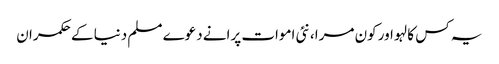
یہ کس کا لہو اور کون مرا، نئی اموات پرانے دعوے‎	 مسلم دنیا کے حکمران